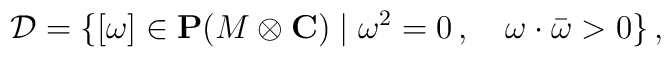
{\cal D}=\{ [\omega]\in {\bf P}(M\otimes {\bf C}) \mid   \omega^2=0\, , \quad \omega\cdot\bar\omega>0\}\,,